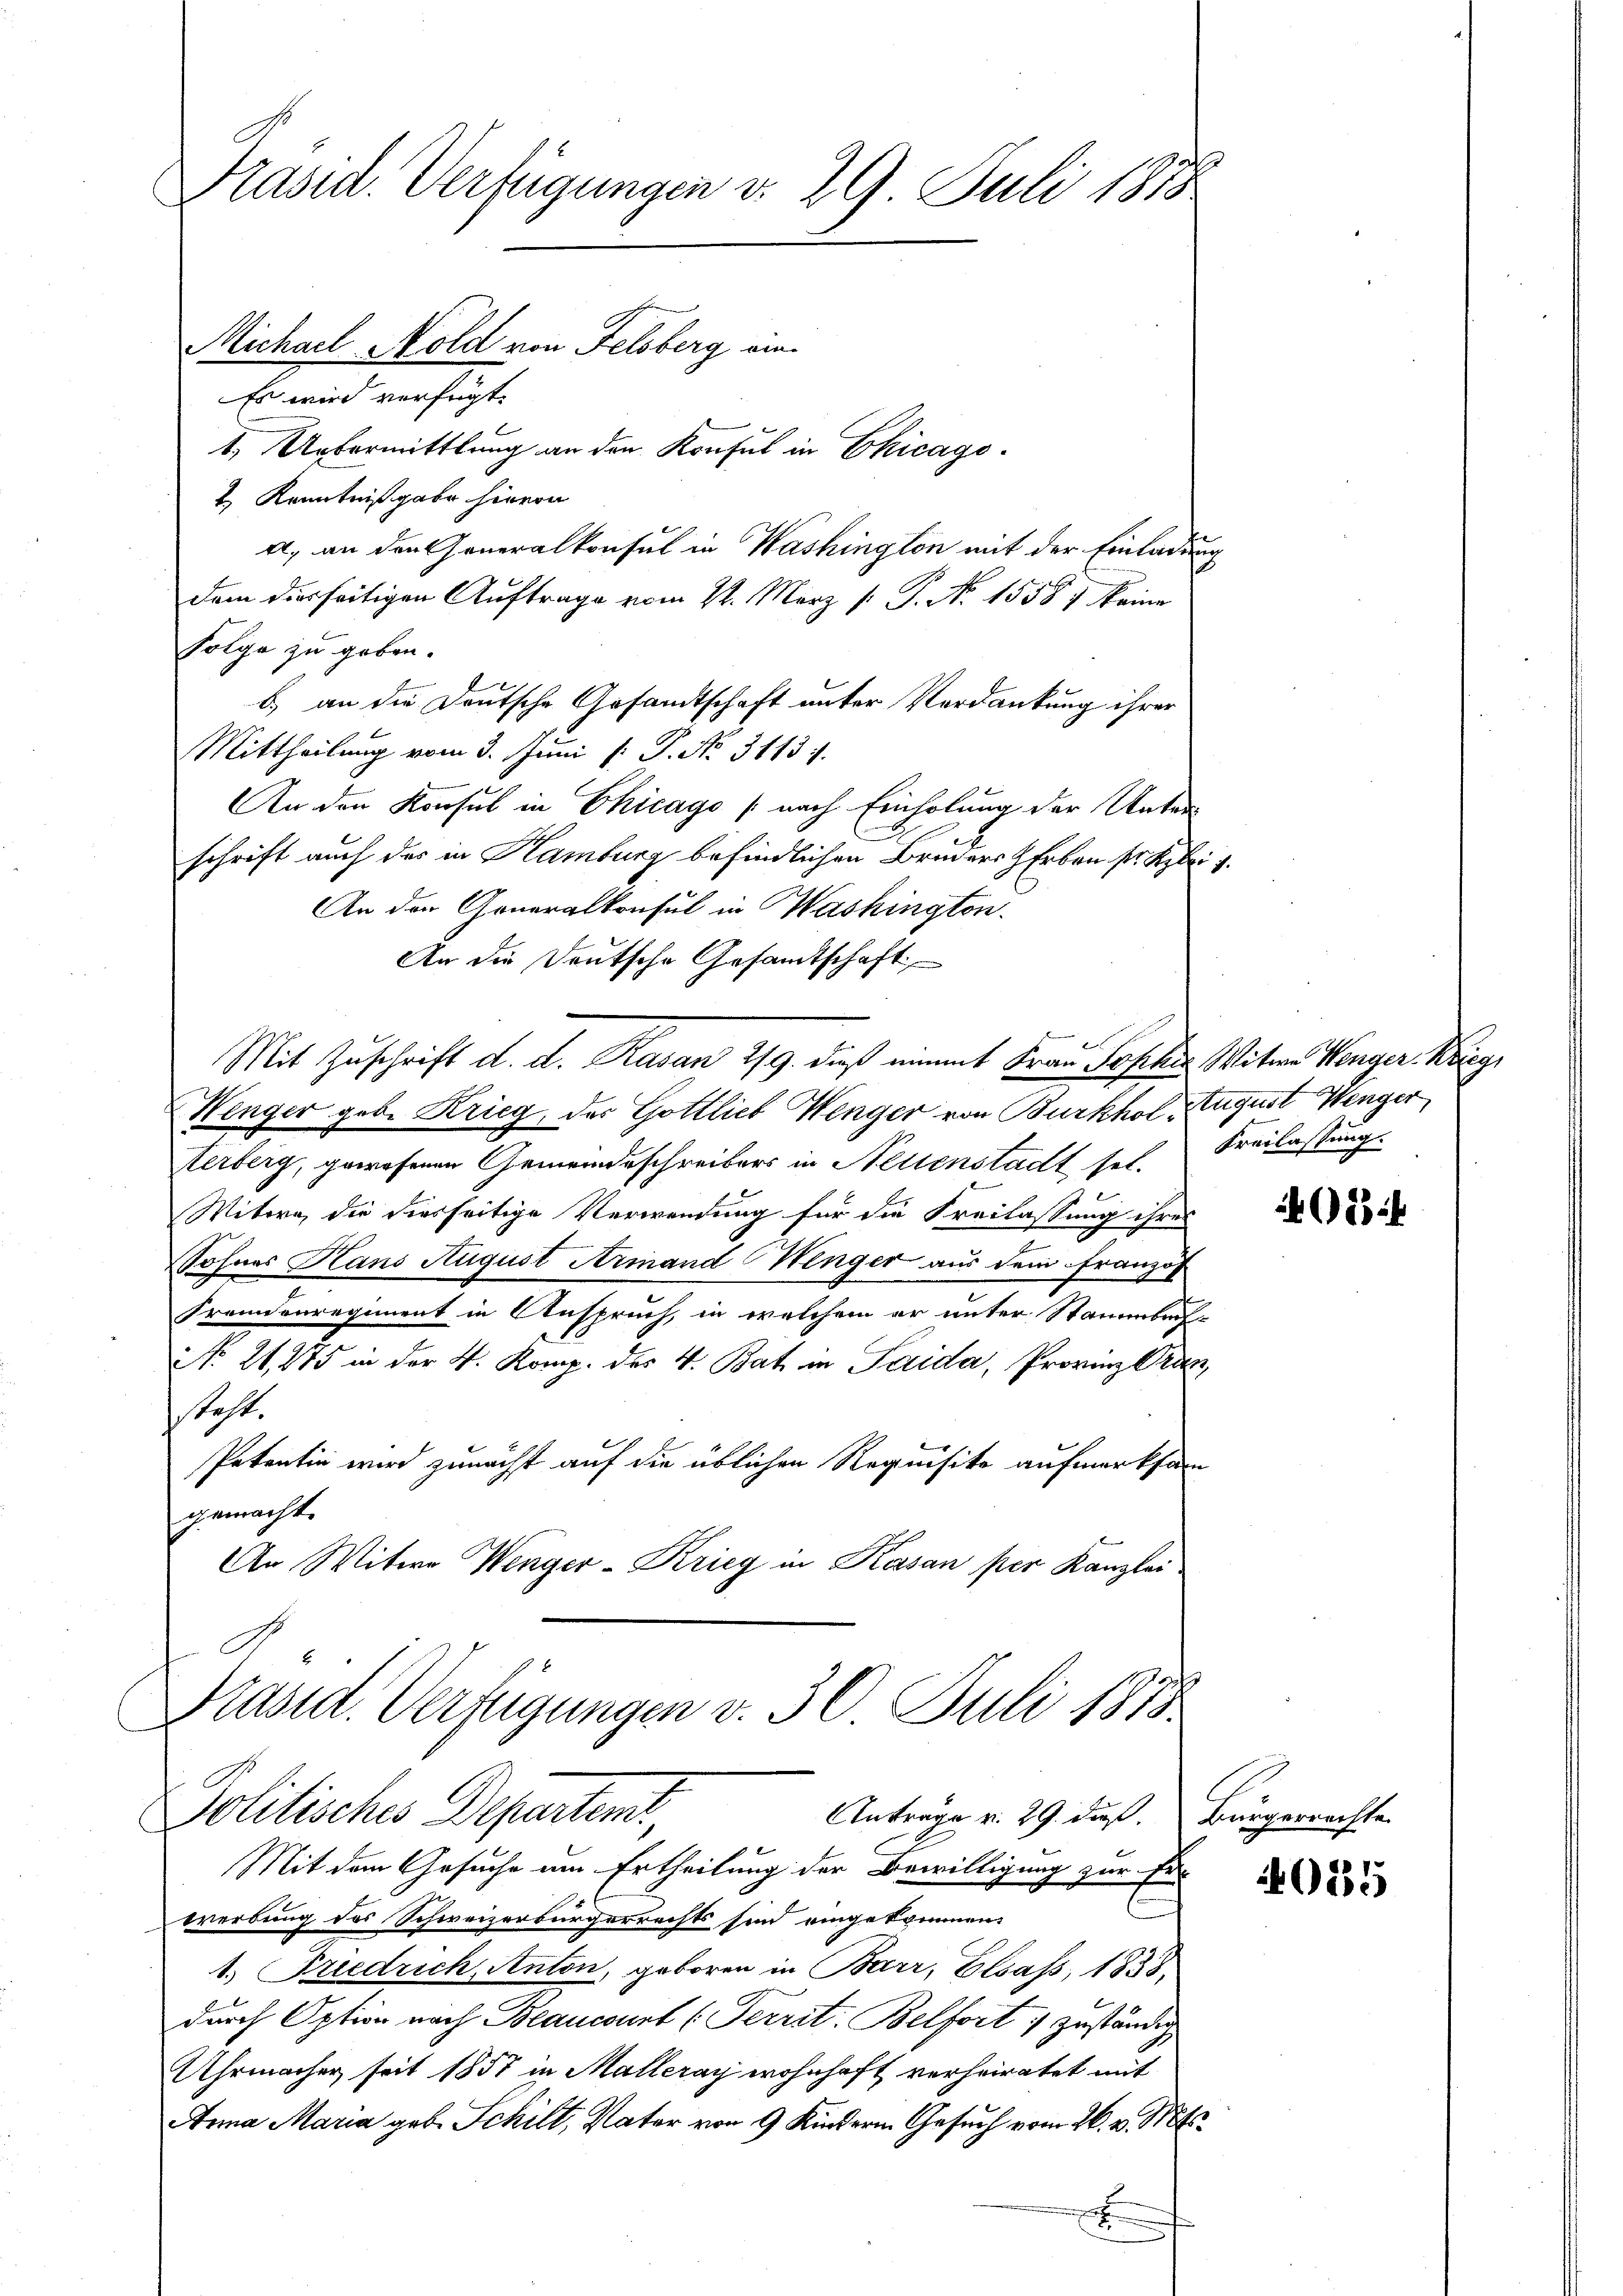
Praset. Verfügungen v. 29. Juli 1878
Michael Mold von Felsberg ein¬
Es wird verfügt:
1. Uebermittlung an den Konsul in Chicago

2.) Kenntnißgabe hievon
a, an den Generalkonsul in Washington mit der Einladung
dem derseitigen Auftrage vom 2t. März /: P. N. 15587 keine
Polge zu geben.
b) an die Deutsche Gesandtschaft unter Verdankung ihrer
Mittheilung vom 3. Juni l. P. No. 3113 f.
An den Konsul in Chicago (nach Einholung der Unter
E
schrift auch des in Hamburg befindlichen Bruders Erben sr Kzlei
An den Generalkonsul in Washington.
An die Deutsche Gesamtschaft
Mit Zuschrift d. d. Rasan 1/9. dieß unmit Frau Josehen Witwe Wenger Weig
Wenger geb. Krieg, der Gottlieb Wenger von Burkhol August Wenger
Herberg, gewesenen Gemeindeschreibers in Neuenstadt sel.
Witwe, die diesseitige Verwendung für die Freilassung ihrer
Sohnes Hans August Armand Wenger aus dem Französ
Fremdenregiment in Anspruch, in welchem er unter Stammbach-
No. 26, 275 in der V. Komp. des V. Bat in Paida, Provinz Pran,
steht.
Patentin wird zunächst auf die üblichen Requisite aufmerksam
gemacht.
An Witwe Wenger-Krieg in Kasan per Kanzlei
Präsid. Verfügungen v. 30 Juli 1818

Politisches Departemt,
Antrage v. 29. ds. Bürgerrachte

Freilassung.

Mit dem Gesuche um Ertheilung der Bewilligung zur Ei
Ererbung des Schweizerbürgerrechts sind eingekommen.
1. Friedrich, Anton, geboren in Barr, Elsass, 1858.
durch Option nach Beancourt (Territ: Belfort zuständig
Uhrmacher seit 1857 in Malleray wohnhaft verheiratet mit
Anna Maria geb. Schilt, Vater von 9 Kindern Gesuch vom 26. v. Mts.
x
f

G64

025